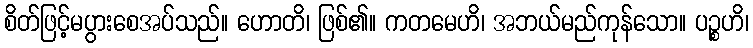
စိတ်ဖြင့်မပွားစေအပ်သည်။ ဟောတိ၊ ဖြစ်၏။ ကတမေဟိ၊ အဘယ်မည်ကုန်သော။ ပဉ္စဟိ၊